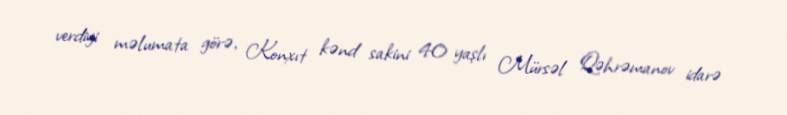
verdiyi məlumata görə, Konxıt kənd sakini 40 yaşlı Mürsəl Qəhrəmanov idarə